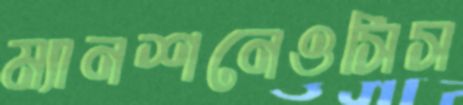
ম্যানশনেওসিস